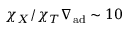
\chi _ { X } / \chi _ { T } \nabla _ { \mathrm { a d } } \sim 1 0